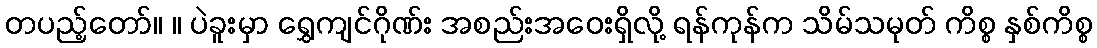
တပည့်တော်။ ။ ပဲခူးမှာ ရွှေကျင်ဂိုဏ်း အစည်းအဝေးရှိလို့ ရန်ကုန်က သိမ်သမုတ် ကိစ္စ နှစ်ကိစ္စ